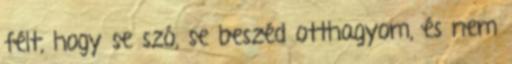
félt, hogy se szó, se beszéd otthagyom, és nem